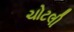
ચોટલી